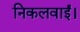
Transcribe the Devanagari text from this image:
निकलवाईं।